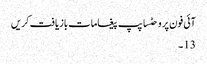
آئی فون پر وحٹساپپ پیغامات بازیافت کریں
13 ۔